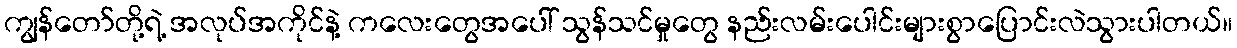
ကျွန်တော်တို့ရဲ့ အလုပ်အကိုင်နဲ့ ကလေးတွေအပေါ် သွန်သင်မှုတွေ နည်းလမ်းပေါင်းများစွာပြောင်းလဲသွားပါတယ်။